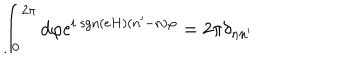
LaTeX: \int _ { 0 } ^ { 2 \pi } d \varphi \mathrm { e } ^ { i ~ \mathrm { s g n } ( e H ) ( n ^ { \prime } - n ) \varphi } = 2 \pi \delta _ { n n ^ { \prime } }